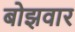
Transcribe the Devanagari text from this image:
बोझवार